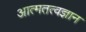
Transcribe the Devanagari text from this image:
आत्मतत्वज्ञान